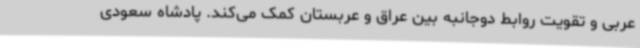
عربی و تقویت روابط دوجانبه بین عراق و عربستان کمک می‌کند. پادشاه سعودی